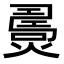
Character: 𤎧